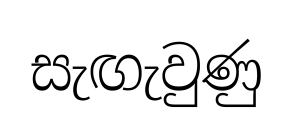
සැඟැවුණු